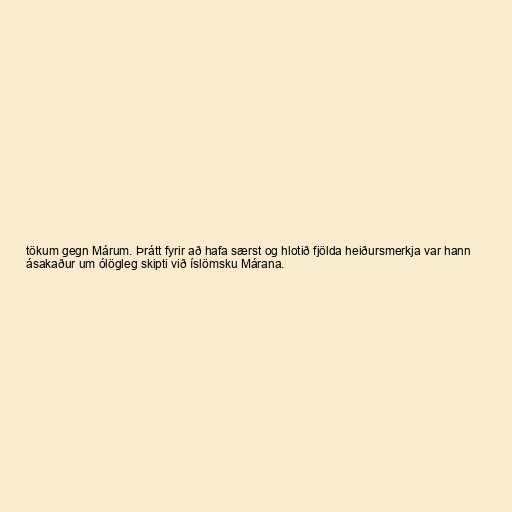
tökum gegn Márum. Þrátt fyrir að hafa særst og hlotið fjölda heiðursmerkja var hann
ásakaður um ólögleg skipti við íslömsku Márana.